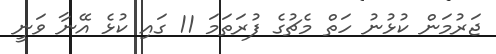
ޖަރުމަން ކުޅުނު ހަތް މެޗުގެ ފުރަތަމަ 11 ގައި ކުޅެ އޭނާ ވަނީ